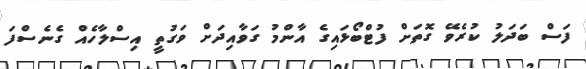
ފަސް ބަދަލު ކުރެވޭ ގޮތަށް ފުޓްބޯޅައިގެ އާންމު ގަވާއިދަށް ވަގުތީ އިސްލާހެއް ގެނެސްފަ